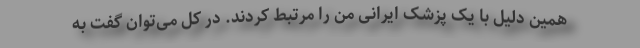
همین دلیل با یک پزشک ایرانی من را مرتبط کردند. در کل می‌توان گفت به